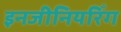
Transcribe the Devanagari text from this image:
इनजीनियरिँग